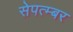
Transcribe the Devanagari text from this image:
सेपत्म्बर